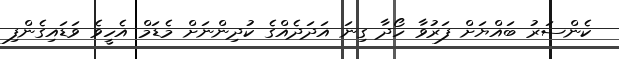
ކެންސަރު ބައްޔަށް ފަރުވާ ހޯދާ ގިނަ އަދަދެއްގެ ކުދިންނަށް މެޑަމް އެހީވެ ވަޑައިގެންފި